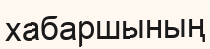
хабаршының